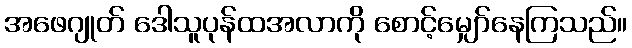
အဖေဂျုတ် ဒေါသူပုန်ထအလာကို စောင့်မျှော်နေကြသည်။